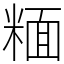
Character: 糆